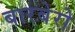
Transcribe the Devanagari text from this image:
बारबेरो